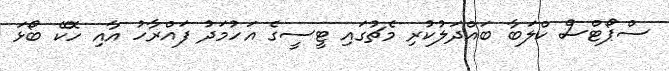
ސްޕޯޓްސް ކްލަބާ ބައްދަލުކުރި މެޗުގައި ޓީސީގެ އަހުމަދު ފައްރާހު އާއި ހޮކޭ ބޯޅަ